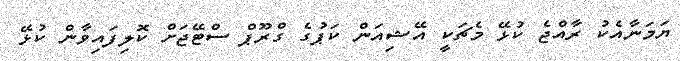
ޔަމަނާއެކު ރާއްޖެ ކުޅޭ މެޗަކީ އޭޝިއަން ކަޕުގެ ގްރޫޕް ސްޓޭޖަށް ކޮލިފައިވާން ކުޅޭ